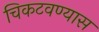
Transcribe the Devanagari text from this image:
चिकटवण्यास